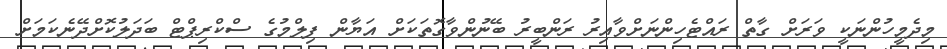
މިދެމީހުންނަކީ ވަރަށް ގާތް ރައްޓެހިންނަށްވާއިރު ރަންބީރު ބޭނުންވާގޮތަކަށް އަޔާން ފިލްމުގެ ސްކްރިޕްޓް ބަދަލުކޮށްދޭނެކަމަށް